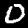
Label: 0